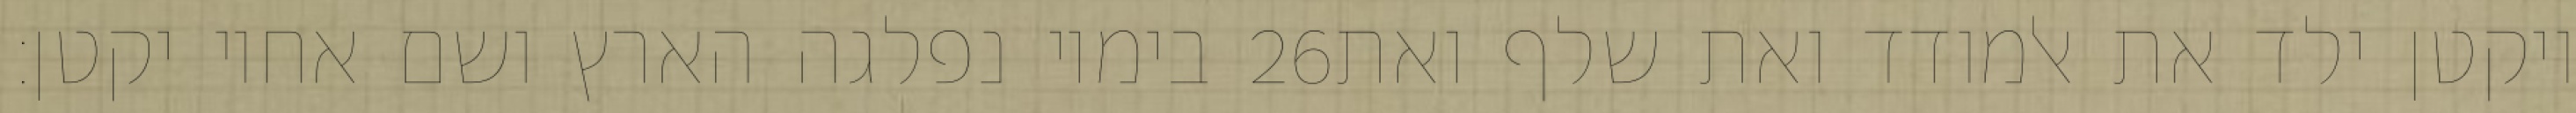
בימיו נפלגה הארץ ושם אחיו יקטן׃ ‎26‏ ויקטן ילד את אלמודד ואת שלף ואת